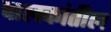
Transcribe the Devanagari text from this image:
चालकांतील